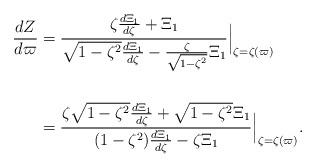
LaTeX: \begin{align*}\frac{dZ}{d\varpi}&=\frac{\zeta\frac{d\Xi_1}{d\zeta}+\Xi_1}{\sqrt{1-\zeta^2}\frac{d\Xi_1}{d\zeta}-\frac{\zeta}{\sqrt{1-\zeta^2}}\Xi_1}\Big|_{\zeta=\zeta(\varpi)} \\& \\&=\frac{\zeta\sqrt{1-\zeta^2}\frac{d\Xi_1}{d\zeta}+\sqrt{1-\zeta^2}\Xi_1}{(1-\zeta^2)\frac{d\Xi_1}{d\zeta}-\zeta\Xi_1}\Big|_{\zeta=\zeta(\varpi)}.\end{align*}